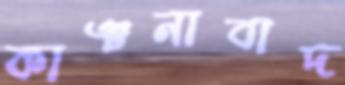
কাঞ্চনাবাদ